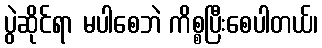
ပွဲဆိုင်ရာ မပါစေဘဲ ကိစ္စပြီးစေပါတယ်၊